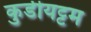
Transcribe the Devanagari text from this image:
कुडीयट्टम